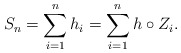
\begin{align*}S_n = \sum_{i=1}^n h_i = \sum_{i=1}^n h \circ Z_i.\end{align*}